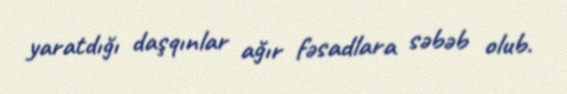
yaratdığı daşqınlar ağır fəsadlara səbəb olub.